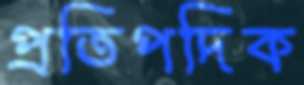
প্রতিপদিক